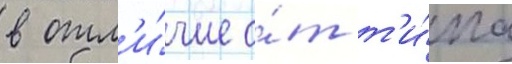
в отл'и́чие о́т т'и́па